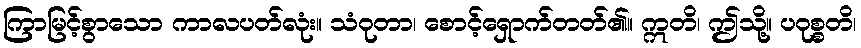
ကြာမြင့်စွာသော ကာလပတ်လုံး။ သံဝုတာ၊ စောင့်ရှောက်တတ်၏။ ဣတိ၊ ဤသို့။ ပဝုစ္စတိ၊